Leaving Certificate Examination, 1917, 1917
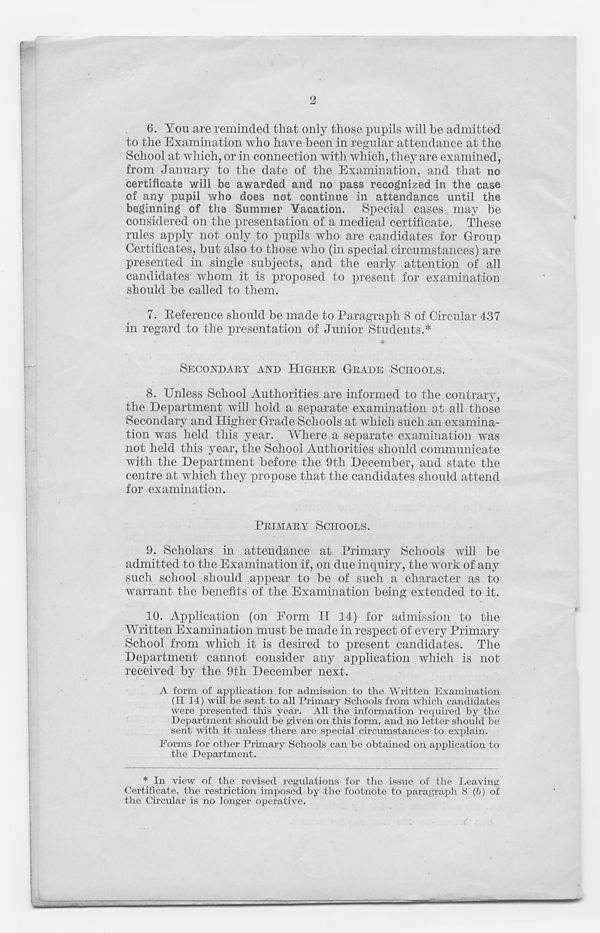
2
6. You are reminded that only those pupils will be admitted
to the Examination who have been in regular attendance at the
School at which, or in connection with which, they are examined,
from January to the date of the Examination, and that no
certificate will be awarded and no pass recognized in the case
of any pupil who does not continue in attendance until the
beginning of the Summer Vacation. Special eases may be
considered on the presentation of a medical certificate. These
rules apply not only to pupils who are candidates for Group
Certificates, but also to those who (in special circumstances) are
presented in single subjects, and the early attention of all
candidates whom it is proposed to present for examination
should be called to them.
7. Eeference should be made to Paragraph 8 of Circular 437
in regard to the presentation of Junior Students.*
SECONDARY AND HIGHER GRADE SCHOOLS.
8.
Unless School Autho
the Department will hold a separate examination at all those
Secondary and Higher Grade Schools at which such an examina-
tion was held this year. Where a separate examination was
not held this year, the School Authorities should communicate
with the Department before the 9th December, and state the
centre at which they propose that the candidates should attend
for examination.
PRIMARY SCHOOLS.
9. Scholars in attendance at Primary Schools will be
admitted to the Examination if, on due inquiry, the work of any
such school should appear to be of such a character as to
warrant the benefits of the Examination being extended to it.
10. Application (on Form H 14) for admission to the
Written Examination must be made in respect of every Primary
School from which it is desired to present candidates. The
Department cannot consider any application which is not
received by the 9th December next.
A form of application for admission to the Written Examination
(H 14) will be sent to all Primary Schools from which candidates
were presented this year. All the information required by the
Department should be given on this form, and no letter should be
sent with it unless there are special circumstances to explain.
Forms for other Primary Schools can be obtained on application to
the Department.
* In view of the revised regulations for the issue of the Leaving
Certificate, the restriction imposed by the footnote to paragraph 8 (b) of
the Circular is no longer operative.